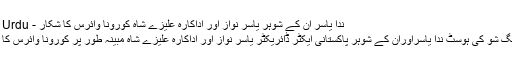
ندا یاسر ان کے شوہر یاسر نواز اور اداکارہ علیزے شاہ کورونا وائرس کا شکار - Newsone Urdu
کراچی: مارننگ شو کی ہوسٹ ندا یاسراوران کے شوہر پاکستانی ایکٹر ڈائریکٹر یاسر نواز اور اداکارہ علیزے شاہ مبینہ طور پر کورونا وائرس کا شکار ہوگئے۔